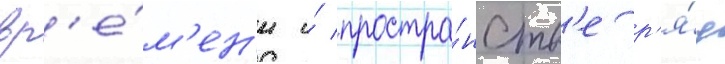
вр'е́м'ен'и и́ простра́нств'е р'я́д